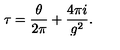
\tau = \frac { \theta } { 2 \pi } + \frac { 4 \pi i } { g ^ { 2 } } .